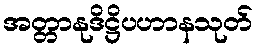
အတ္တာနုဒိဋ္ဌိပဟာနသုတ်